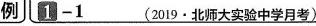
例 1-1 (2019 · 北师大实验中学月考)